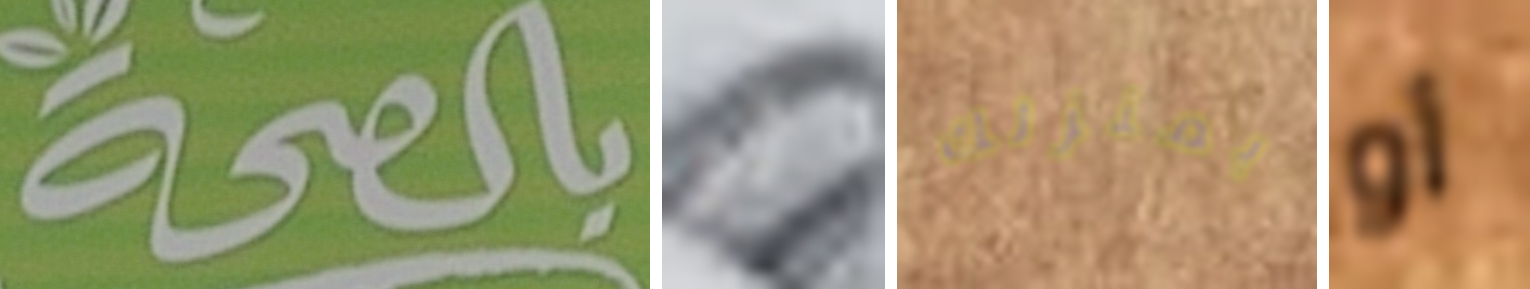
بالصحة لو بمنزلك أو